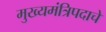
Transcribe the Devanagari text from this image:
मुख्यमंत्रिपदाचे